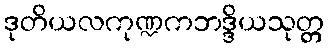
ဒုတိယလကုဏ္ဍကဘဒ္ဒိယသုတ္တ